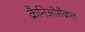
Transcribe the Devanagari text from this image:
क्रैनिओसैक्रल